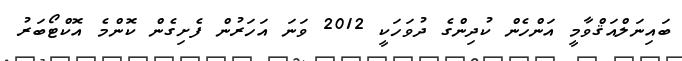
ބައިނަލްއަޤްވާމީ އަންހެން ކުދިންގެ ދުވަހަކީ 2012 ވަނަ އަހަރުން ފެށިގެން ކޮންމެ އޮކްޓޯބަރު